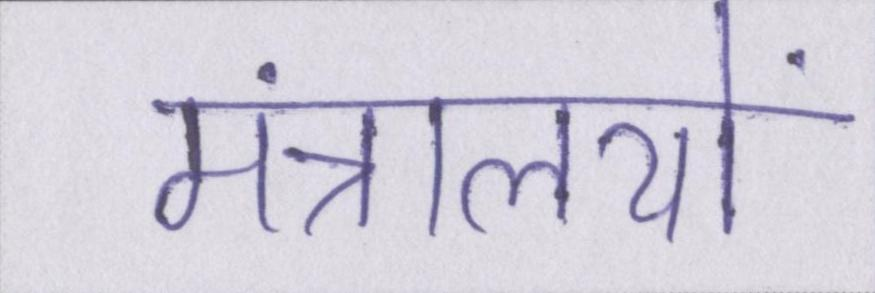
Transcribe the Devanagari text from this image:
मंत्रालयों